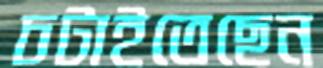
চটাইতেছেন